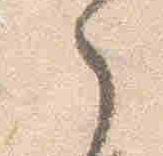
之